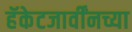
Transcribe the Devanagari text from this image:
हॅकेटजार्वींनच्या